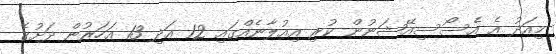
މިއަދު އެ އެސޯސިއޭޝަނުން ކުރި އިއުލާނެއްގައި 12 އަދި 13 އަހަރުން ދަށުގެ